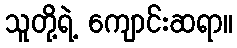
သူတို့ရဲ့ ကျောင်းဆရာ။